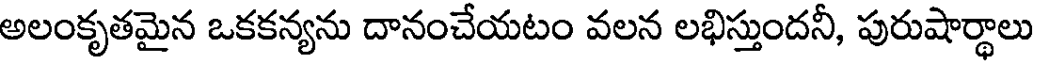
అలంకృతమైన ఒకకన్యను దానంచేయటం వలన లభిస్తుందనీ, పురుషార్థాలు